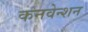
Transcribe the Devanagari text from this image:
कनवेन्शन